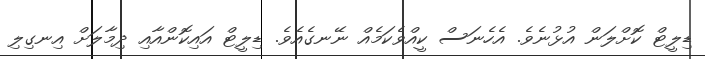
ޑިލީޓް ކޮށްލަން އުޅުނެވެ. އެހެނަސް ކީއްވެކަމެއް ނޭނގެއެވެ. ޑިލީޓް އައިކޮންއާއި ދިމާލަށް އިނގިލި